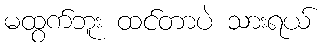
မထွက်ဘူး ထင်တာပဲ သားရယ်